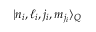
| n _ { i } , \ell _ { i } , j _ { i } , m _ { j _ { i } } \rangle _ { Q }